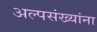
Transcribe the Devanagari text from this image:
अल्पसंख्यांना